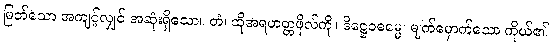
မြတ်သော အကျင့်လျှင် အဆုံးရှိသော။ တံ၊ ထိုအရဟတ္တဖိုလ်ကို။ ဒိဋ္ဌေဝဓမ္မေ၊ မျက်မှောက်သော ကိုယ်၏